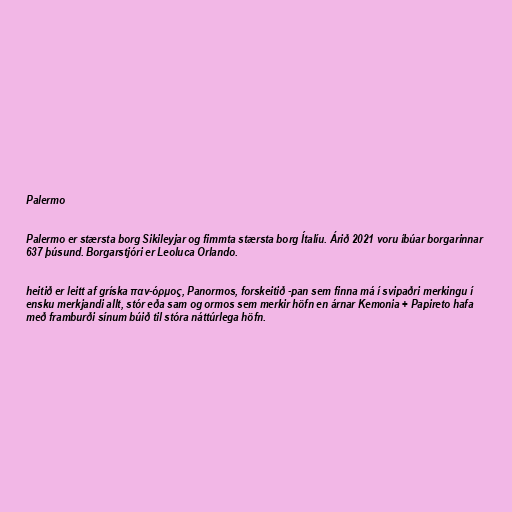
Palermo

Palermo er stærsta borg Sikileyjar og fimmta stærsta borg Ítalíu. Árið 2021 voru íbúar borgarinnar
637 þúsund. Borgarstjóri er Leoluca Orlando.

heitið er leitt af gríska παν-όρμος, Panormos, forskeitið -pan sem finna má í svipaðri merkingu í
ensku merkjandi allt, stór eða sam og ormos sem merkir höfn en árnar Kemonia + Papireto hafa
með framburði sínum búið til stóra náttúrlega höfn.